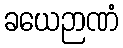
ခယေဉာဏံ